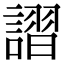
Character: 謵